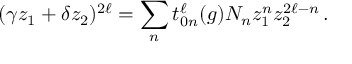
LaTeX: ( \gamma z _ { 1 } + \delta z _ { 2 } ) ^ { 2 \ell } = \sum _ { n } t _ { 0 n } ^ { \ell } ( g ) N _ { n } z _ { 1 } ^ { n } z _ { 2 } ^ { 2 \ell - n } \, .